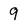
Character: 9